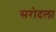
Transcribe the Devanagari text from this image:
सरोदला